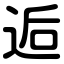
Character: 逅